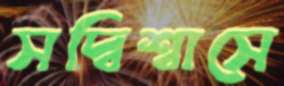
সদ্বিশ্বাসে